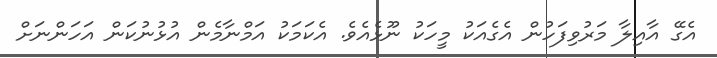
އެގޭ އާއިލާ މަރުވިފަހުން އެގެއަކު މީހަކު ނޫޅެއެވެ. އެކަމަކު އަމްނާމެން އުޅުނުކަން އަހަންނަށް